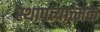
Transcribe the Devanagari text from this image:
स्थापत्यात्मक